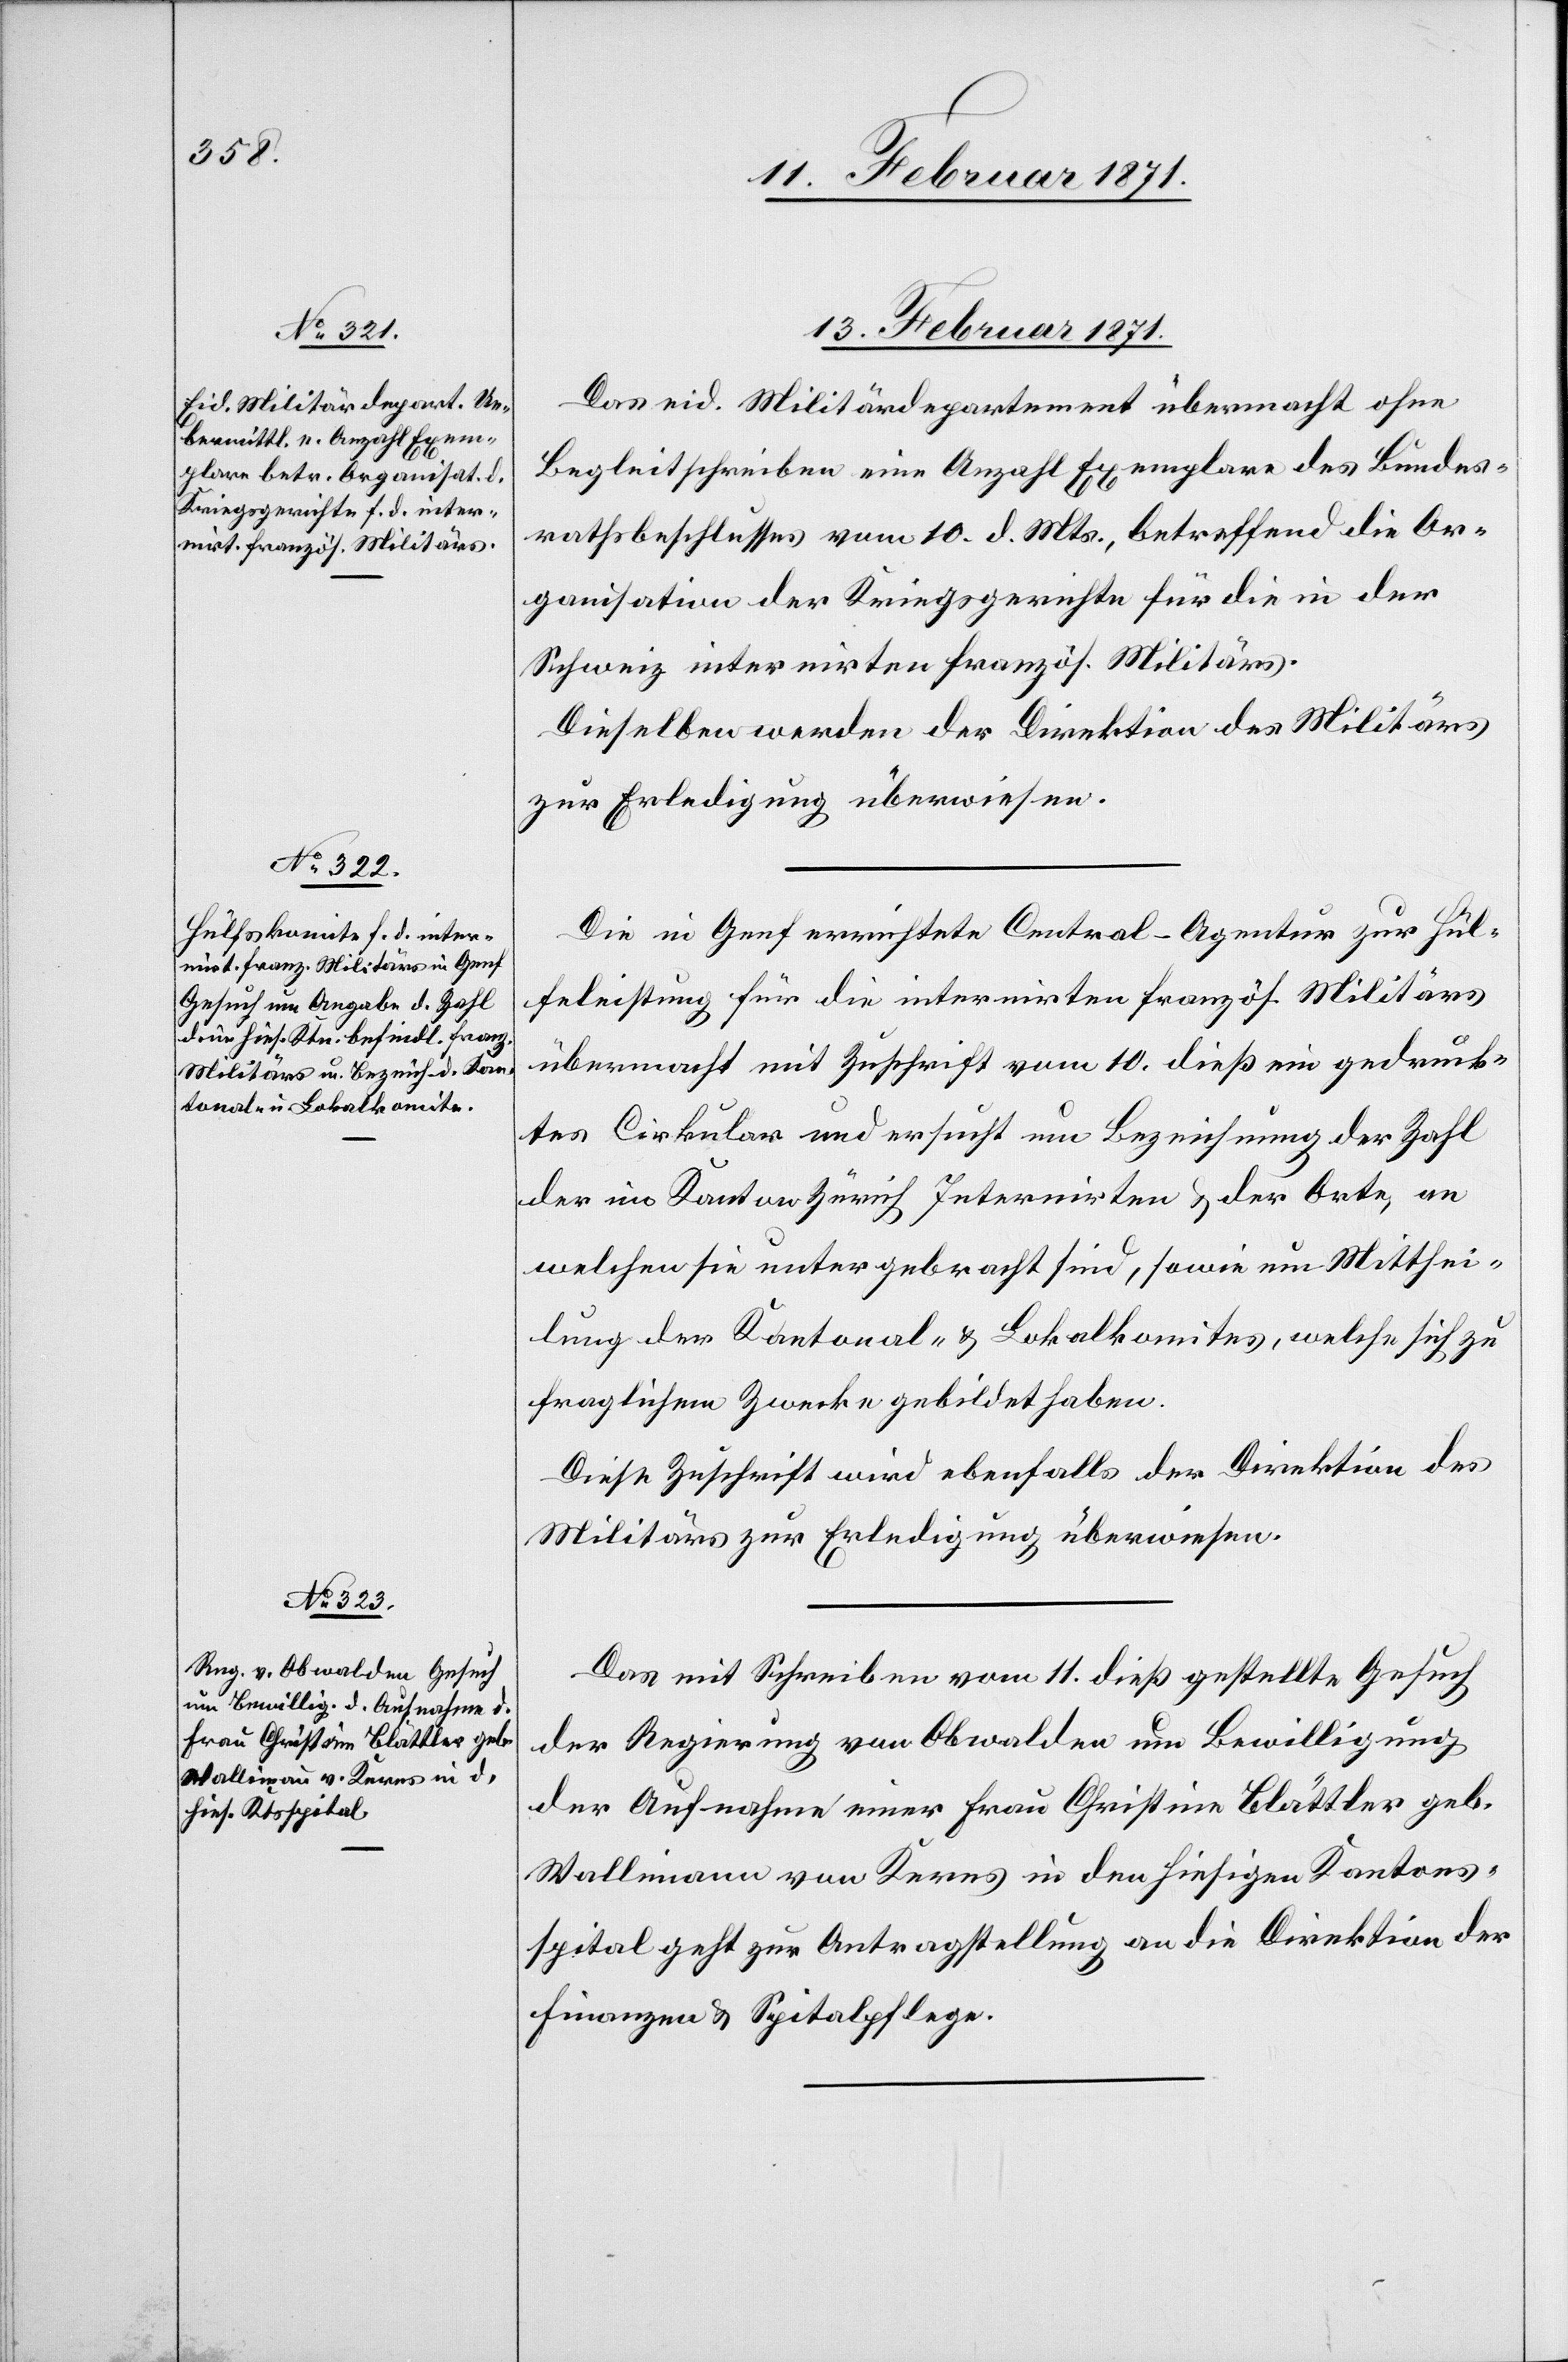
13. Februar 1871.]
Das eid. Militärdepartement übermacht ohne
Begleitschreiben eine Anzahl Exemplare des Bundes¬
rathsbeschlusses vom 10. d. Mts., betreffend die Or¬
ganisation der Kriegsgerichte für die in der
Schweiz internirten französ. Militärs.
Dieselben werden der Direktion des Militärs
zur Erledigung überwiesen.
Die in Genf errichtete Central-Agentur zur Hül¬
feleistung für die internirten französ. Militärs
übermacht mit Zuschrift vom 10. dieß ein gedruck¬
tes Cirkular und ersucht um Bezeichnung der Zahl
der im Kanton Zürich Internirten u. der Orte, an
welchen sie untergebracht sind, sowie um Mitthei¬
lung der Kantonal- u. Lokalkomites, welche sich zu
fraglichem Zwecke gebildet haben.
Diese Zuschrift wird ebenfalls der Direktion des
Militärs zur Erledigung überwiesen.
Das mit Schreiben vom 11. dieß gestellte Gesuch
der Regierung von Obwalden um Bewilligung
der Aufnahme einer Frau Christine Blättler geb.
Wallimann von Kerns in den hiesigen Kantons¬
spital geht zur Antragstellung an die Direktion der
Finanzen u. Spitalpflege.